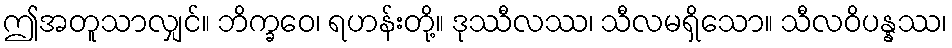
ဤအတူသာလျှင်။ ဘိက္ခဝေ၊ ရဟန်းတို့။ ဒုဿီလဿ၊ သီလမရှိသော။ သီလဝိပန္နဿ၊